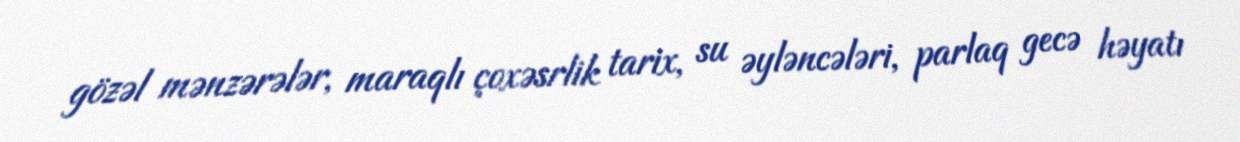
gözəl mənzərələr, maraqlı çoxəsrlik tarix, su əyləncələri, parlaq gecə həyatı